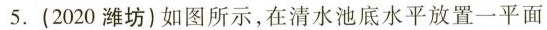
5.(2020潍坊)如图所示，在清水池底水平放置一平面